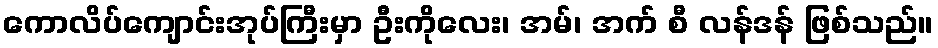
ကောလိပ်ကျောင်းအုပ်ကြီးမှာ ဦးကိုလေး၊ အမ်၊ အက် စီ လန်ဒန် ဖြစ်သည်။